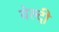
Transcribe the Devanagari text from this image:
वेल्दी